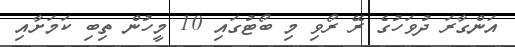
އަންގާރަ ދުވަހުގެ ރޭ ރޯވި މި ބޯޓުގައި 10 މީހުން ތިބި ކަމަށާއި